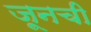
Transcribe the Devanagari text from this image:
जूनची